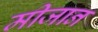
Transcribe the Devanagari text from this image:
मीजान